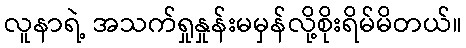
လူနာရဲ့ အသက်ရှုနှုန်းမမှန်လို့စိုးရိမ်မိတယ်။